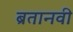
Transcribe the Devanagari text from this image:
ब्रतानवी